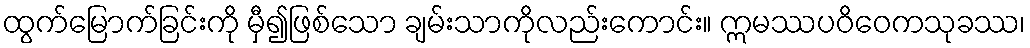
ထွက်မြောက်ခြင်းကို မှီ၍ဖြစ်သော ချမ်းသာကိုလည်းကောင်း။ ဣမဿပဝိဝေကသုခဿ၊